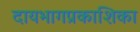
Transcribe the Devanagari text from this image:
दायभागप्रकाशिका